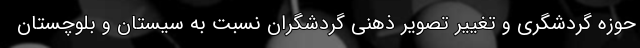
حوزه گردشگری و تغییر تصویر ذهنی گردشگران نسبت به سیستان و بلوچستان